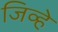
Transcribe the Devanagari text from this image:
जिव्हे